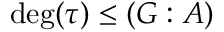
\deg ( \tau ) \leq ( G : A )